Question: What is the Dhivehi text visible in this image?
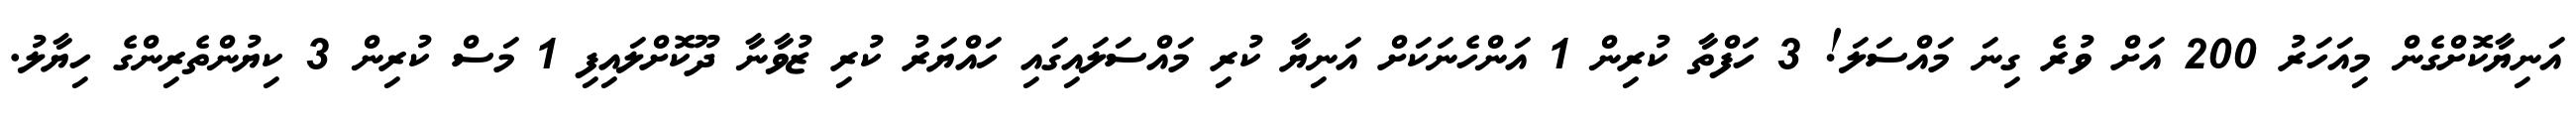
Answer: އަނިޔާކޮށްގެން މިއަހަރު 200 އަށް ވުރެ ގިނަ މައްސަލަ! 3 ހަފްތާ ކުރިން 1 އަންހެނަކަށް އަނިޔާ ކުރި މައްސަލައިގައި ހައްޔަރު ކުރި ޒުވާނާ ދޫކޮށްލައިފި 1 މަސް ކުރިން 3 ކިޔުންތެރިންގެ ހިޔާލު.